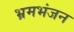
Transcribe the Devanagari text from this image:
भ्रमभंजन